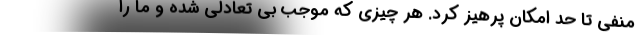
منفی تا حد امکان پرهیز کرد. هر چیزی که موجب بی تعادلی شده و ما را